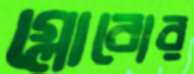
গ্লোবোর